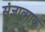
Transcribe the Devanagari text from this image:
संज्ञात्माक